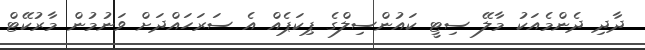
ދާދި ދެންމެއަކު މާލޭ ސިޓީ ކައުންސިލްގެ ޕިކަޕެއް އެ ސަރަހައްދަށް ވަނުމުން މާރުކޭޓް